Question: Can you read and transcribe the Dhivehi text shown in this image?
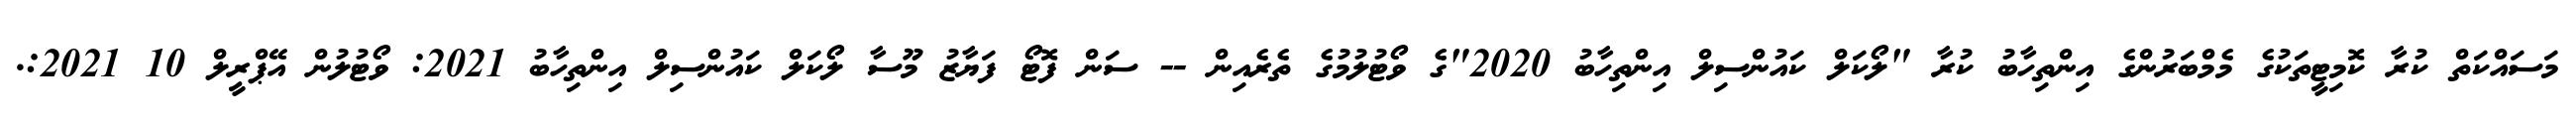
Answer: މަސައްކަތް ކުރާ ކޮމިޓީތަކުގެ މެމްބަރުންގެ އިންތިހާބު ކުރާ "ލޯކަލް ކައުންސިލް އިންތިހާބު 2020"ގެ ވޯޓުލުމުގެ ތެރެއިން -- ސަން ފޮޓޯ ފަޔާޒު މޫސާ ލޯކަލް ކައުންސިލް އިންތިހާބު 2021: ވޯޓުލުން އޭޕްރީލް 10 2021:.